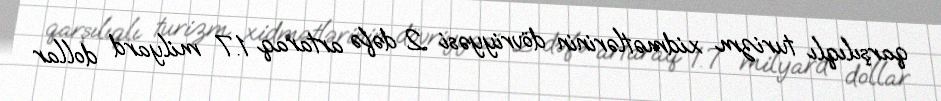
qarşılıqlı turizm xidmətlərinin dövriyyəsi 2 dəfə artaraq 1.7 milyard dollar